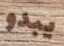
يبدو